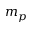
m _ { p }